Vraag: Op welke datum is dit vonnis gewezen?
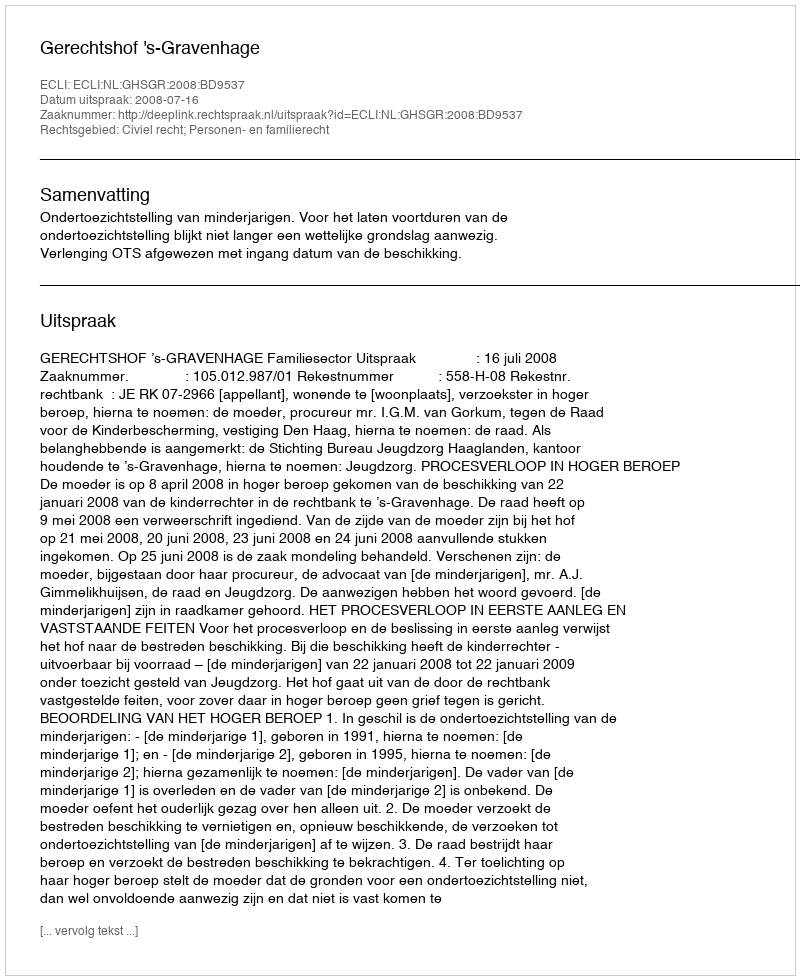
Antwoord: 2008-07-16